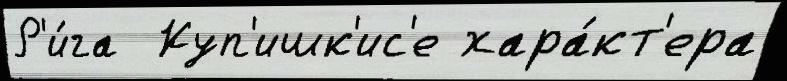
Р'и́га  Куп'ишк'ис'е хара́кт'ера